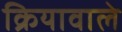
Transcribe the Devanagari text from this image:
क्रियावाले